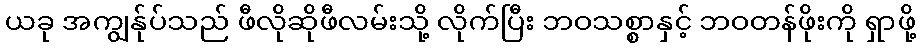
ယခု အကျွန်ုပ်သည် ဖီလိုဆိုဖီလမ်းသို့ လိုက်ပြီး ဘဝသစ္စာနှင့် ဘဝတန်ဖိုးကို ရှာဖို့